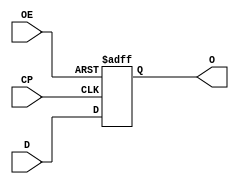
//74LS374.v
//SURPREME FILE IN PROJECT
//Cl
//2019.11.09

module top (	input wire[7:0] D,	//D inputs
				input wire OE,		//Enable (if 0)
				input wire CP,		//clock
				output reg[7:0] O);	//O outputs
				
	always@(posedge CP or posedge OE)
		begin
			if(OE)	//OE == 1, O == z
				begin
					O = 8'bzzzz_zzzz;
				end
			else
				begin
					O = D;
				end
		end

endmodule